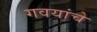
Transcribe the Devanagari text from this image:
गवयांचे